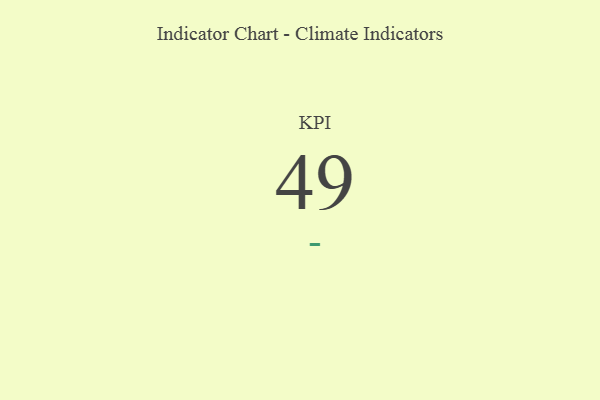
{"axis": {"x": "KPI", "y": "Value"}, "legend": [""], "data": [{"x": "KPI", "y": 49, "type": ""}]}